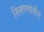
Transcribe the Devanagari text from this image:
शिवगणांतील